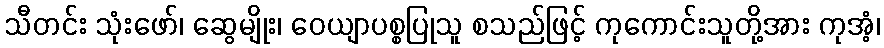
သီတင်း သုံးဖော်၊ ဆွေမျိုး၊ ဝေယျာပစ္စပြုသူ စသည်ဖြင့် ကုကောင်းသူတို့အား ကုအံ့၊